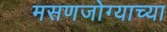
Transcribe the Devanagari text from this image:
मसणजोग्याच्या